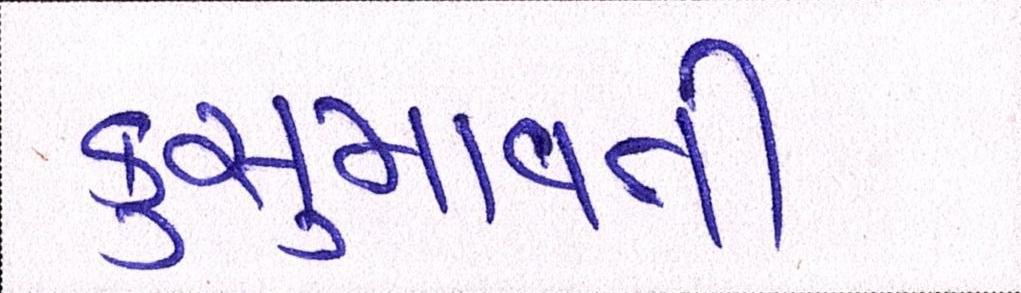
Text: કુસમાવતી